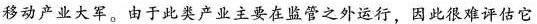
移动产业大军。由于此类产业主要在监管之外运行，因此很难评估它